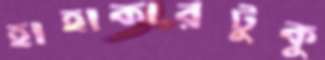
হাহাকারটুকু